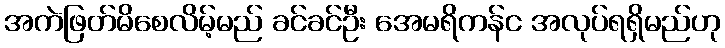
အကဲဖြတ်မိစေလိမ့်မည် ခင်ခင်ဦး အေမရိကန်င အလုပ်ရရှိမည်ဟု